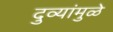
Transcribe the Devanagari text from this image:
दुव्यांमुळे